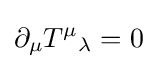
\partial _{\mu }{T^{\mu }}_{\lambda }=0